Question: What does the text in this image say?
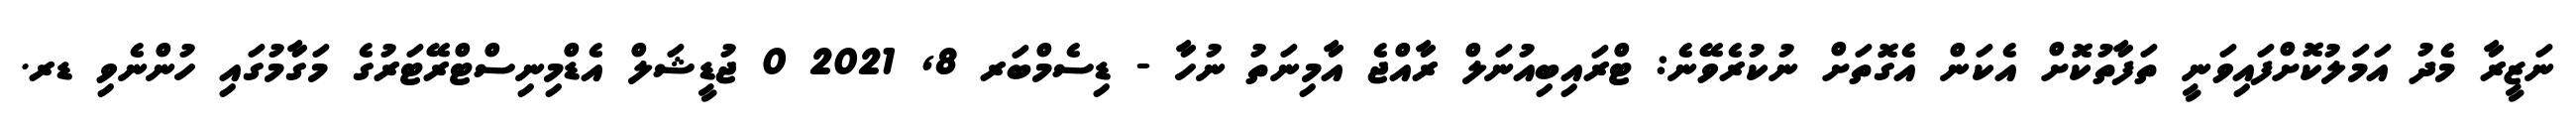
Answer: ނަޒީރާ މެދު އަމަލުކޮށްފައިވަނީ ތަފާތުކޮށް އެކަން އެގޮތަށް ނުކުރެވޭނެ: ޓްރައިބިއުނަލް ރާއްޖެ އާމިނަތު ނުހާ - ޑިސެމްބަރ 8, 2021 0 ޖުޑީޝަލް އެޑްމިނިސްޓްރޭޓަރުގެ މަގާމުގައި ހުންނެވި ޑރ.